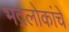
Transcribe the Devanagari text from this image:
भद्रलोकांचे